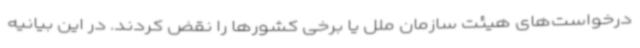
درخواست‌های هیئت سازمان ملل یا برخی کشورها را نقض کردند. در این بیانیه